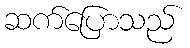
ဆက်ပြောသည်